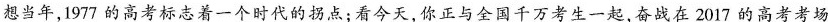
想当年，1977的高考标志着一个时代的拐点；看今天，你正与全国千万考生一起，奋战在2017的高考考场